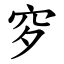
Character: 穸